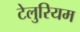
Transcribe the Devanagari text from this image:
टेलुरियम